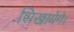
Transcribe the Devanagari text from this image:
सिखायेंगे।